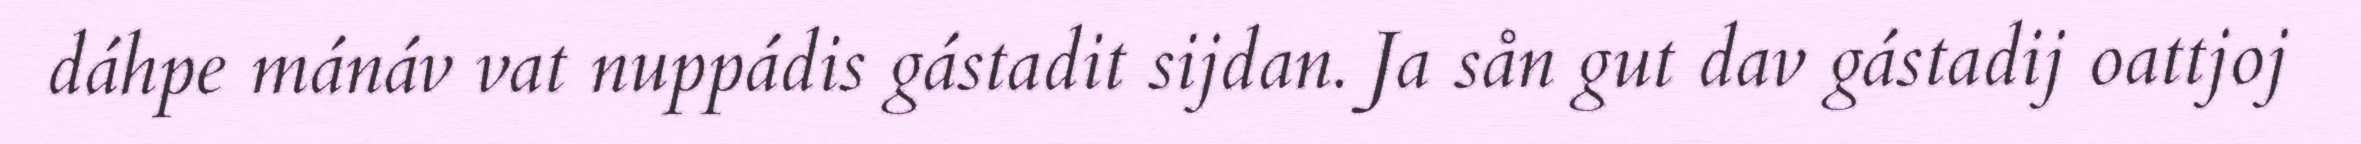
dáhpe mánáv vat nuppádis gástadit sijdan. Ja sån gut dav gástadij oattjoj